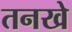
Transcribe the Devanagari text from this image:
तनखे